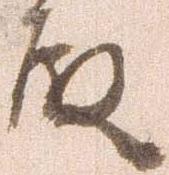
殿